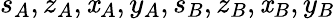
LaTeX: s_{A},z_{A},\mathit{x}_{A},y_{A},s_{B},z_{B},\mathit{x}_{B},y_{B}